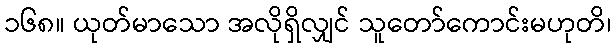
၁၆၈။ ယုတ်မာသော အလိုရှိလျှင် သူတော်ကောင်းမဟုတိ၊